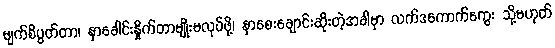
မျက်စိပွတ်တာ၊ နှာခေါင်းနှိုက်တာမျိုးမလုပ်ဖို့၊ နှာစေးချောင်းဆိုးတဲ့အခါမှာ လက်ဒကောက်ကွေး သို့မဟုတ်